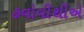
હવોવીથીએ